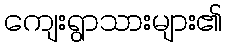
ကျေးရွာသားများ၏